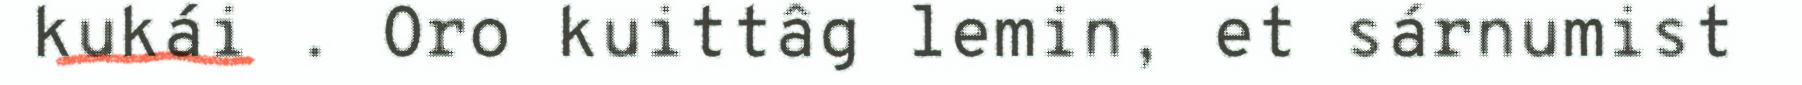
kukái . Oro kuittâg lemin, et sárnumist